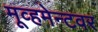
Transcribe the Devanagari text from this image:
मूव्हमेन्टवर